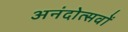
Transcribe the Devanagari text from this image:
अनंदोत्सवों